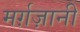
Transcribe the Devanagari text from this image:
मर्ग़ज़ानी